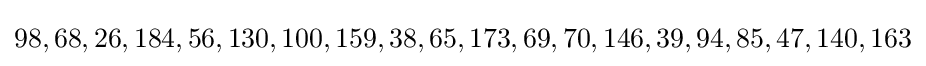
98,68,26,184,56,130,100,159,38,65,173,69,70,146,39,94,85,47,140,163